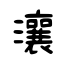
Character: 瀼